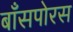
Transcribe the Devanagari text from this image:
बाँसपोरस